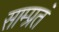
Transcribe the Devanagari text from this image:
साम्प्रतं